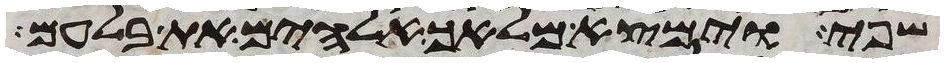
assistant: שפי וימצא מלאך אלהים את בלעם